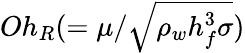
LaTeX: Oh_{R}(=\mu/\sqrt{\rho_{w}h_{f}^{3}\sigma})